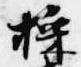
採